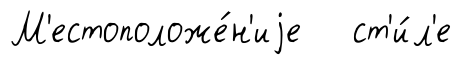
М'естоположе́н'иjе ст'и́л'е